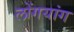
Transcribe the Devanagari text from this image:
लोंगयांग